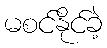
မစင်နိုင်ခဲ့